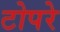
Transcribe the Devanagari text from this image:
टोपरे